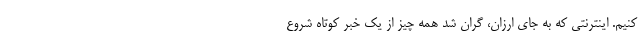
کنیم. اینترنتی که به جای ارزان، گران شد همه چیز از یک خبر کوتاه شروع